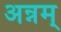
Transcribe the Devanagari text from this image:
अन्नम्